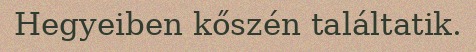
Hegyeiben kőszén találtatik.